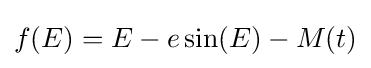
f(E)=E-e\sin(E)-M(t)